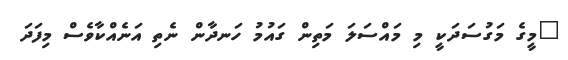
"މީގެ މަގުސަދަކީ މި މައްސަލަ މަތިން ގައުމު ހަނދާން ނެތި އަނެއްކާވެސް މިފަދަ